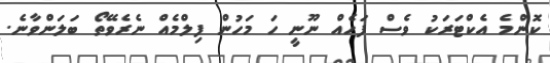
ކޮންމެ އެކްޓަރަކު ވެސް ފަހެއް ނޫނީ ހަ މަހުން ފިލްމެއް ނެރެވޭތޯ ބަލަންވާނެ.